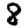
Digit: 8